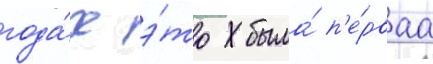
года́х э́то была́ п'е́рваа